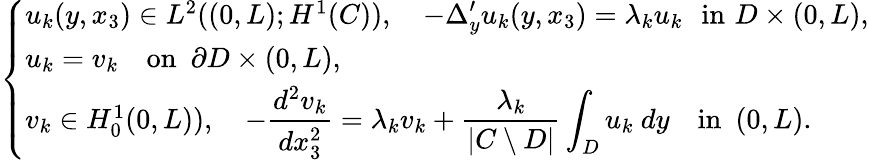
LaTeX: \left\{ \begin{array}{ll}{u_{k}(y,x_{3})\in L^{2}((0,L);H^{1}(C)),\quad\displaystyle-\Delta_{y}^{\prime}u_{k}(y,x_{3})=\lambda_{k}u_{k}\, \, \, \, \mathrm{in}\, \, D\times(0,L),}\\ {u_{k}=v_{k}\quad\mathrm{on}\, \, \, \partial D\times(0,L),}\\ {v_{k}\in H_{0}^{1}(0,L)),\quad\displaystyle-\frac{d^{2}v_{k}}{dx_{3}^{2}}=\lambda_{k}v_{k}+\frac{\lambda_{k}}{\vert C\setminus D\vert}\displaystyle\int_{D}u_{k}\ dy\quad\mathrm{in}\, \, \, (0,L).}\end{array}\right.